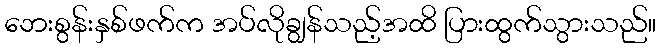
ဘေးစွန်းနှစ်ဖက်က အပ်လိုချွန်သည့်အထိ ပြားထွက်သွားသည်။